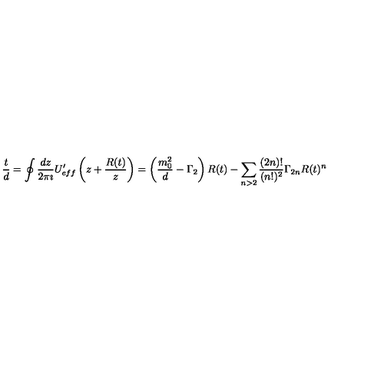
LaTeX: \frac { t } { d } = \oint \frac { d z } { 2 \pi \imath } U _ { e f f } ^ { \prime } \left( z + \frac { R ( t ) } { z } \right) = \left( \frac { m _ { 0 } ^ { 2 } } { d } - \Gamma _ { 2 } \right) R ( t ) - \sum _ { n > 2 } \frac { ( 2 n ) ! } { ( n ! ) ^ { 2 } } \Gamma _ { 2 n } R ( t ) ^ { n }